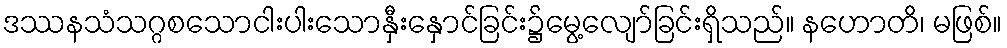
ဒဿနသံသဂ္ဂစသောငါးပါးသောနှီးနှောင်ခြင်း၌မွေ့လျော်ခြင်းရှိသည်။ နဟောတိ၊ မဖြစ်။